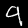
Digit: 9